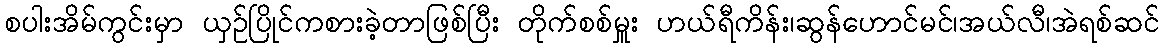
စပါးအိမ်ကွင်းမှာ ယှဉ်ပြိုင်ကစားခဲ့တာဖြစ်ပြီး တိုက်စစ်မှူး ဟယ်ရီကိန်း၊ဆွန်ဟောင်မင်၊အယ်လီ၊အဲရစ်ဆင်